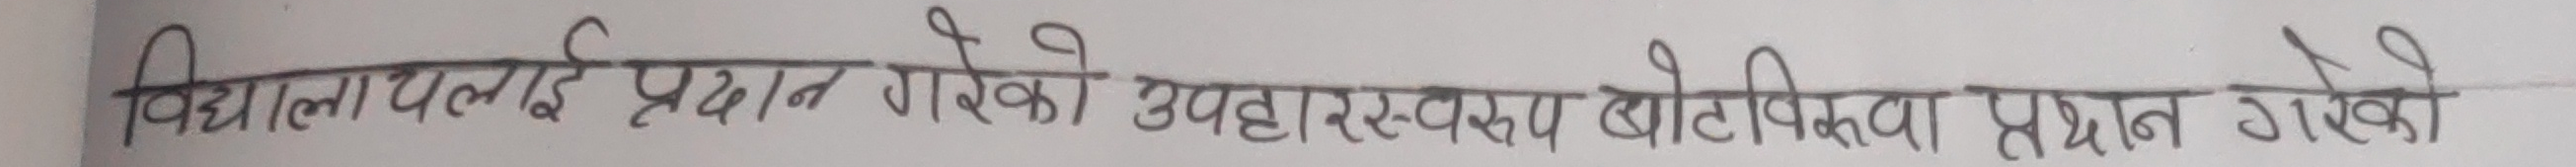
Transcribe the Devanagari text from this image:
विश्वविद्यालयलाई प्रदान गरेको उपहारस्वरूप खोपिकका प्रदान गरेको